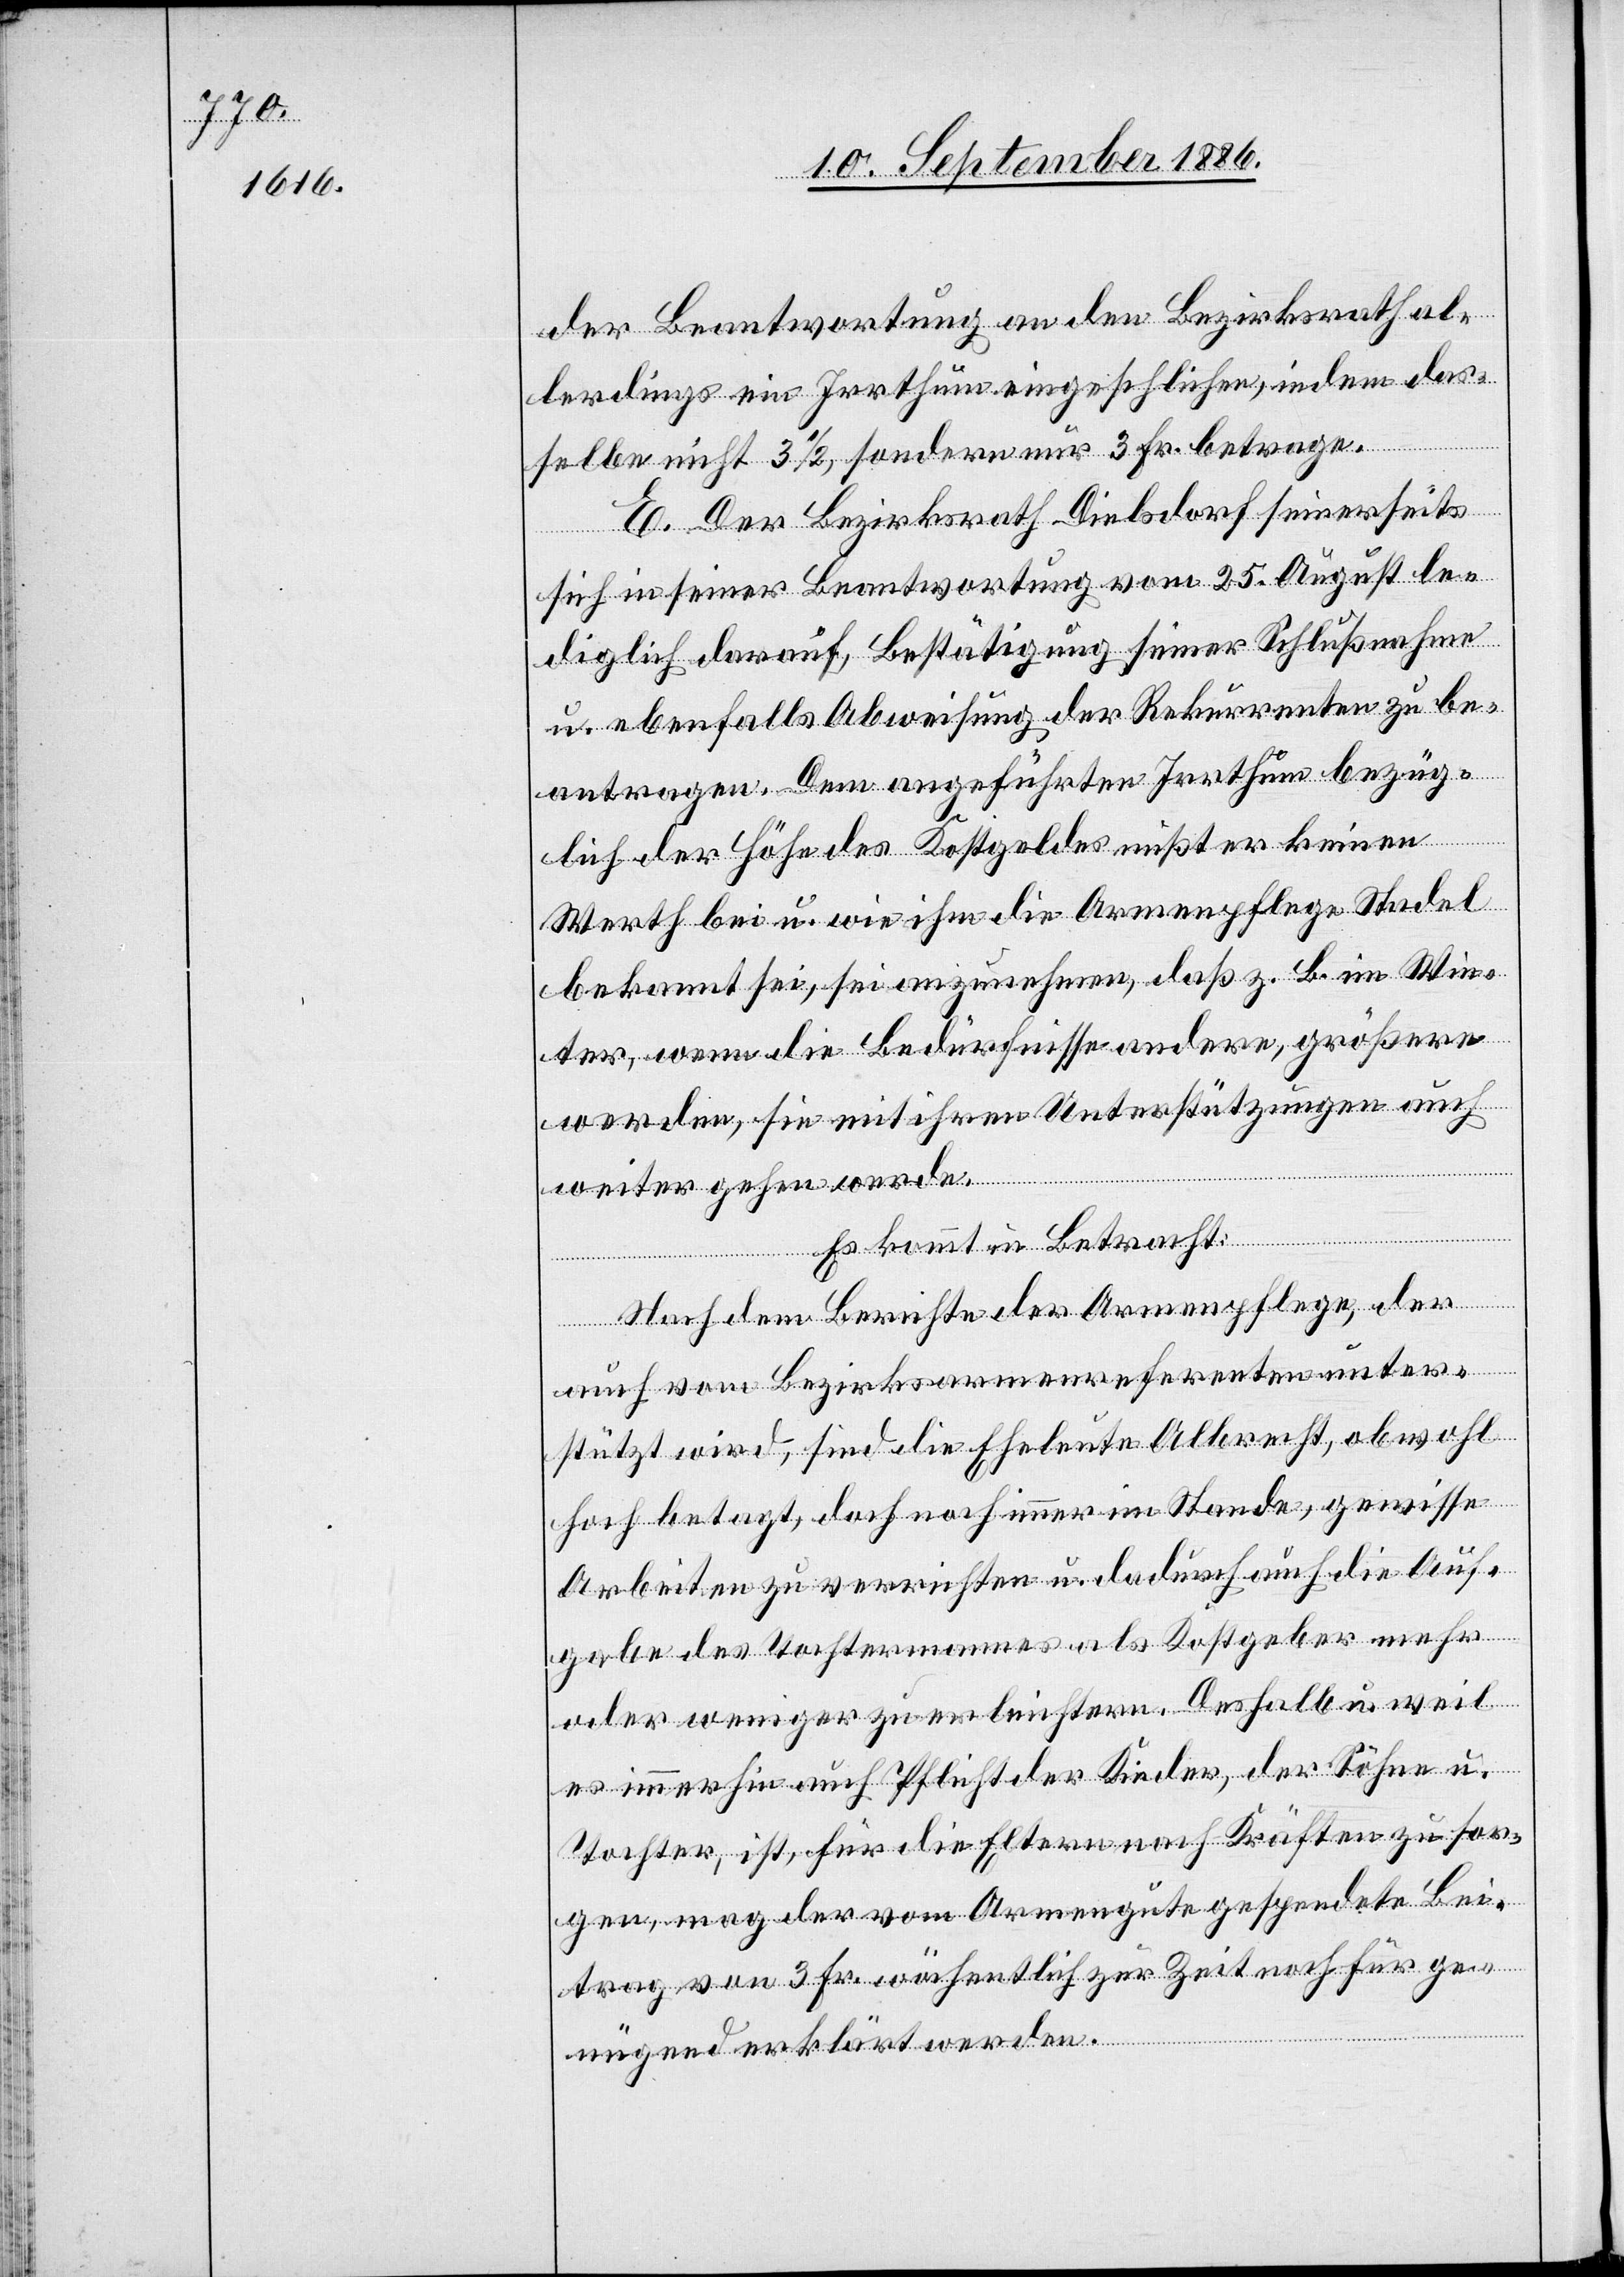
der Beantwortung an den Bezirksrath al¬
lerdings ein Irrthum eingeschlichen, indem das¬
selbe nicht 3 1/2, sondern nur 3 Fr. betrage.
E. Der Bezirksrath Dielsdorf seinerseits
sich in seiner Beantwortung vom 25. August le¬
diglich darauf, Bestätigung seiner Schlußnahme
u. ebenfalls Abweisung der Rekurrenten zu be¬
antragen. Dem angeführten Irrthum bezüg¬
lich der Höhe des Kostgeldes mißt er keinen
Werth bei u. wie ihm die Armenpflege Stadel
bekannt sei, sei anzunehmen, daß z. B. im Win¬
ter, wenn die Bedürfnisse andere, größere
werden, sie mit ihren Unterstützungen auch
weiter gehen werde.
Es kommt in Betracht:
Nach dem Berichte der Armenpflege, der
auch vom Bezirksarmenreferenten unter¬
stützt wird, sind die Eheleute Albrecht, obwohl
hoch betagt, doch noch immer im Stande, gewisse
Arbeiten zu verrichten u. dadurch auch die Auf¬
gabe des Tochtermannes als Kostgeber mehr
oder weniger zu erleichtern. Deshalb u. weil
es immerhin auch Pflicht der Kinder, der Söhne u.
Tochter, ist, für die Eltern nach Kräften zu sor¬
gen, mag der vom Armengute gespendete Bei¬
trag von 3 Fr. wöchentlich zur Zeit noch für ge¬
nügend erklärt werden.